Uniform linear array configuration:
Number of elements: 48
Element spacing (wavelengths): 0.5
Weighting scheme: exponential
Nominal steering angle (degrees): -45
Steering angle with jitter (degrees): -45.015
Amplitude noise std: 0.05
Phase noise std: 0.05

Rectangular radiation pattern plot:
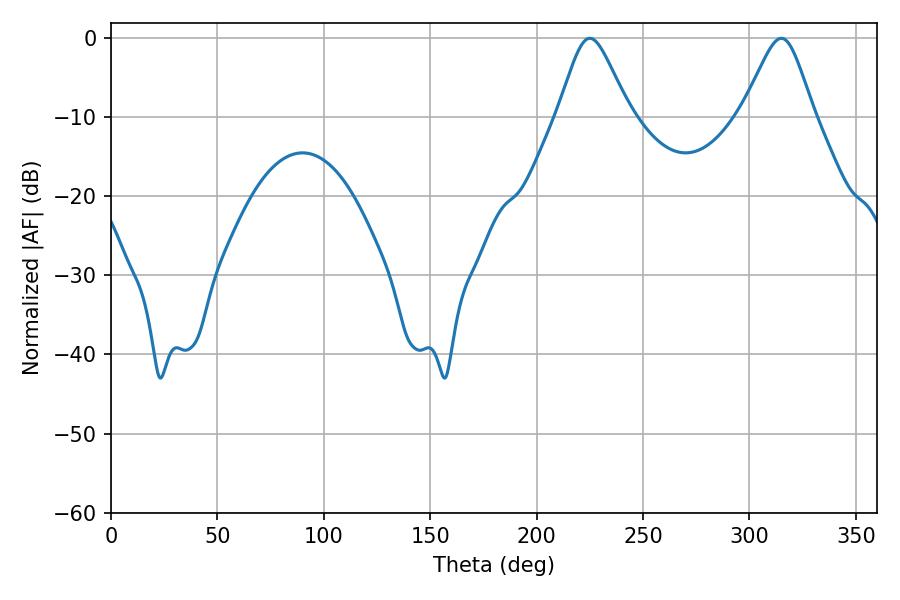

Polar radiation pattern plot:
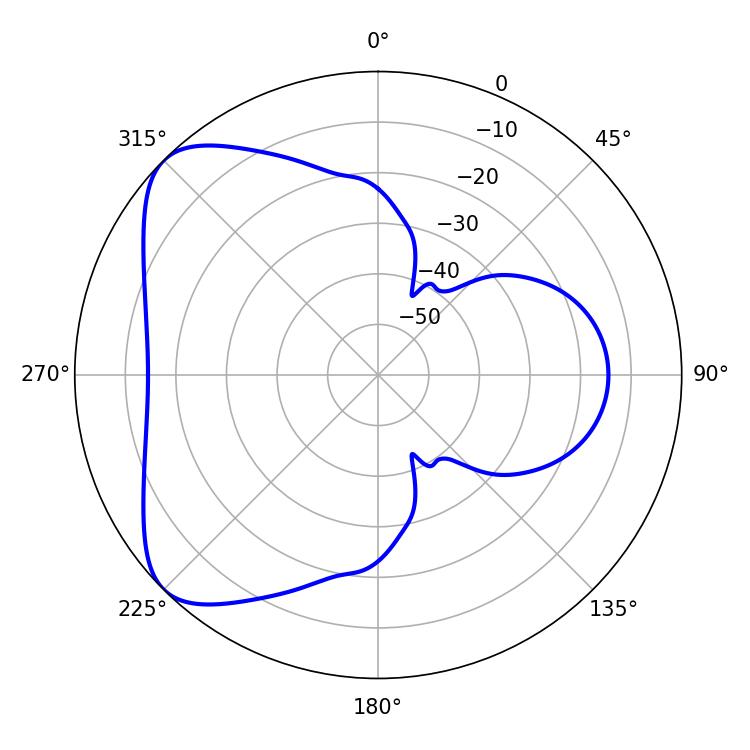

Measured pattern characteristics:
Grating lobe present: FALSE
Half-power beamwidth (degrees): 16.2
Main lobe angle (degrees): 225